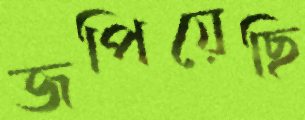
জপিয়েছি